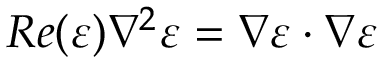
R e ( \varepsilon ) \nabla ^ { 2 } \varepsilon = \nabla \varepsilon \cdot \nabla \varepsilon